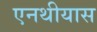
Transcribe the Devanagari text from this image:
एनथीयास